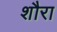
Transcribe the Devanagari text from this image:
शौरा